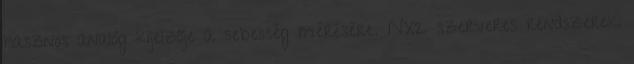
hasznos analóg kijelzője a sebesség mérésére. NX2 szerveres rendszerek